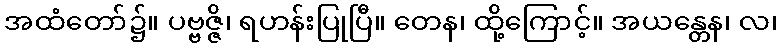
အထံတော်၌။ ပဗ္ဗဇ္ဇိ၊ ရဟန်းပြုပြီ။ တေန၊ ထို့ကြောင့်။ အယန္တေန၊ လ၊